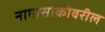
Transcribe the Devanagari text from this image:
नागासाकीवरील